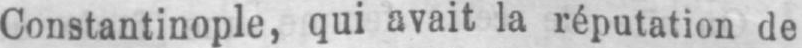
Constantinople, qui avait la réputation de